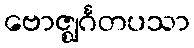
ဗောဇ္ဈင်္ဂတပသာ